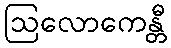
ဩလောကေန္တီ